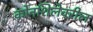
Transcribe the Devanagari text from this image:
कोनशिलेवरील